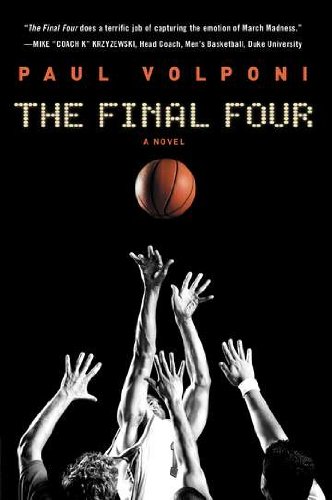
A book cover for The Final Four; Paul Volponi; Teen & Young Adult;